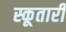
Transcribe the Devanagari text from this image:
स्कूतारी